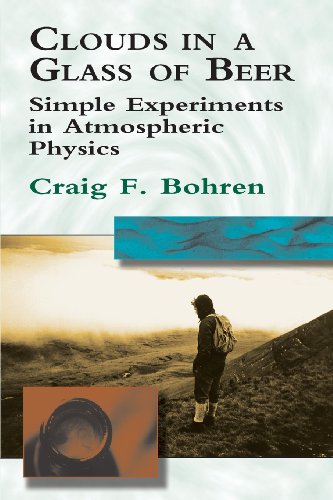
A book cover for Clouds in a Glass of Beer: Simple Experiments in Atmospheric Physics; Craig F. Bohren; Science & Math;